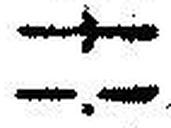
—.—